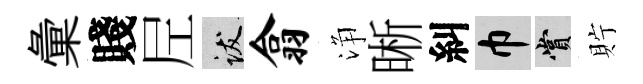
彙賤𡰱跋翕浄晰糾巾賞貯